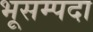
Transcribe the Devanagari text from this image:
भूसम्पदा